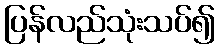
ပြန်လည်သုံးသပ်၍